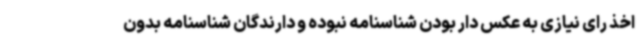
اخذ رای نیازی به عکس دار بودن شناسنامه نبوده و دارندگان شناسنامه بدون